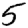
Digit: 5